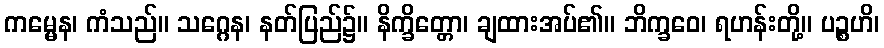
ကမ္မေန၊ ကံသည်။ သဂ္ဂေန၊ နတ်ပြည်၌။ နိက္ခိတ္တော၊ ချထားအပ်၏။ ဘိက္ခဝေ၊ ရဟန်းတို့။ ပဉ္စဟိ၊